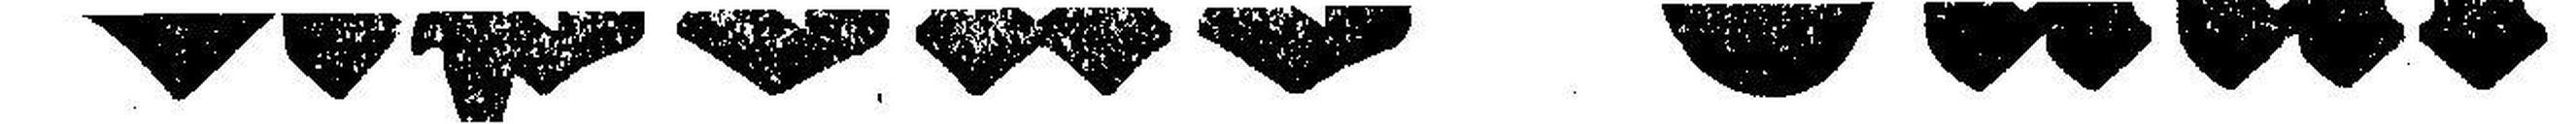
Apollo=Saal